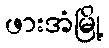
ဖားအံမြို့